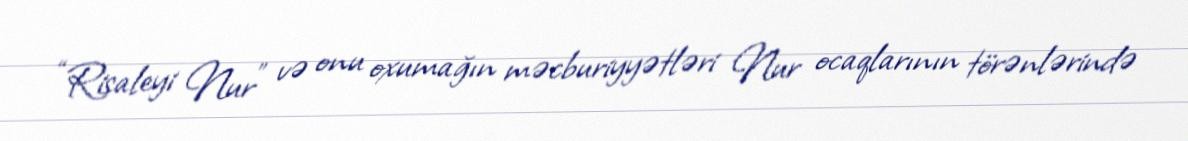
“Risaleyi Nur” və onu oxumağın məcburiyyətləri Nur ocaqlarının törənlərində